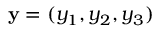
{ \bf y } = ( y _ { 1 } , y _ { 2 } , y _ { 3 } )